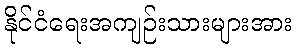
နိုင်ငံရေးအကျဉ်းသားများအား